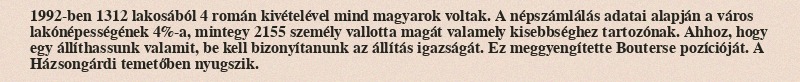
1992-ben 1312 lakosából 4 román kivételével mind magyarok voltak. A népszámlálás adatai alapján a város lakónépességének 4%-a, mintegy 2155 személy vallotta magát valamely kisebbséghez tartozónak. Ahhoz, hogy egy állíthassunk valamit, be kell bizonyítanunk az állítás igazságát. Ez meggyengítette Bouterse pozícióját. A Házsongárdi temetőben nyugszik.